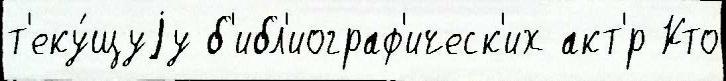
т'еку́щуjу б'ибл'иограф'ическ'их акт'́р Кто